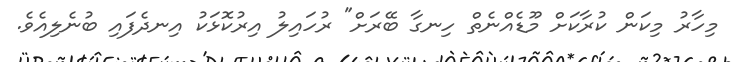
މިހާރު މިކަން ކުރާކަށް މޫޑެއްނެތް ހިނގާ ބޭރަށް" ރުހައިލު އިރުކޮޅަކު އިނދެފައި ބުނެލިއެވެ.